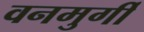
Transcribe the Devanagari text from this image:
वनमुर्गी